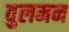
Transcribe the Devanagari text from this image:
वुलमन